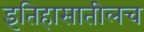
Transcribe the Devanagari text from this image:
इतिहासातीलच